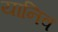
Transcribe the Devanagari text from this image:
यानिव